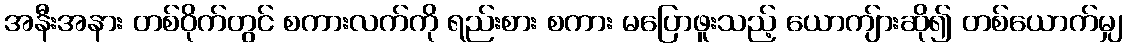
အနီးအနား တစ်ဝိုက်တွင် စကားလက်ကို ရည်းစား စကား မပြောဖူးသည့် ယောကျ်ားဆို၍ တစ်ယောက်မျှ